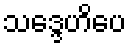
သဒ္ဒေဟိပေ